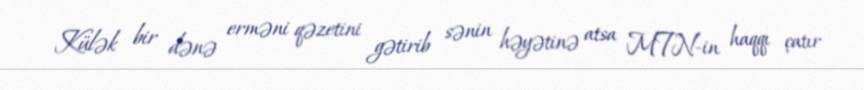
Külək bir dənə erməni qəzetini gətirib sənin həyətinə atsa MTN-in haqqı çatır